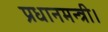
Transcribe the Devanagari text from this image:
प्रधानमन्त्री।